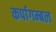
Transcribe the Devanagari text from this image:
कर्पागम्बल